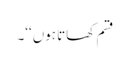
قسم کھاتا ہوں‘‘۔